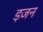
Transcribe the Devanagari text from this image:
ड़जन